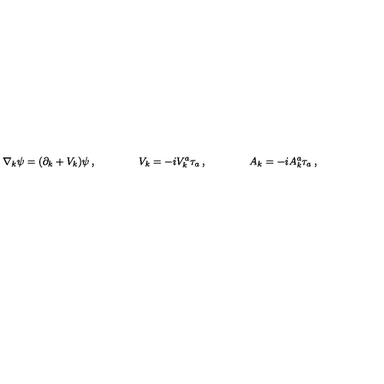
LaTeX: \nabla _ { k } \psi = ( \partial _ { k } + V _ { k } ) \psi \: , \qquad \qquad V _ { k } = - i V _ { k } ^ { a } \tau _ { a } \: , \qquad \qquad A _ { k } = - i A _ { k } ^ { a } \tau _ { a } \: ,